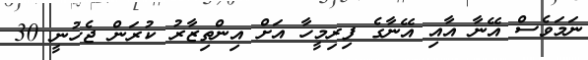
ނަމަވެސް އޭނާ އާއި އޭނާގެ ފިރިމީހާ އަށް އިންތިޒާރު ކުރަން ޖެހުނީ 30